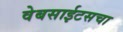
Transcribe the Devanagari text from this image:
वेबसाईटसचा